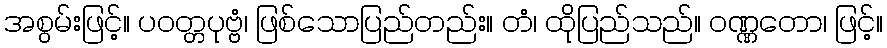
အစွမ်းဖြင့်။ ပဝတ္တပုဗ္ဗံ၊ ဖြစ်သောပြည်တည်း။ တံ၊ ထိုပြည်သည်။ ဝဏ္ဏတော၊ ဖြင့်။